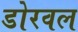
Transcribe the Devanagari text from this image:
डोरवल